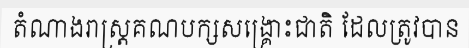
តំណាងរាស្ត្រគណបក្សសង្គ្រោះជាតិ ដែលត្រូវបាន